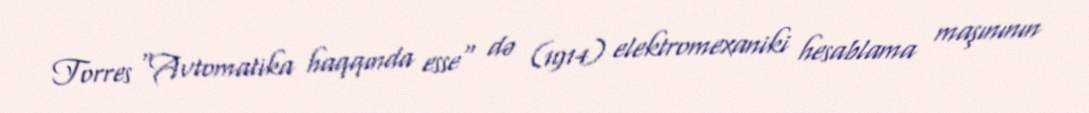
Torres "Avtomatika haqqında esse" də (1914) elektromexaniki hesablama maşınının